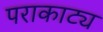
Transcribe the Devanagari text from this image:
पराकाट्य